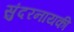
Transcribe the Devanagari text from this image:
सुंदरनायकी